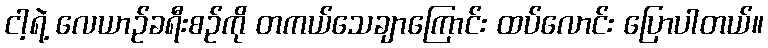
ငါ့ရဲ့ လေယာဉ်ခရီးစဉ်ကို တကယ်သေချာကြောင်း ထပ်လောင်း ပြောပါတယ်။